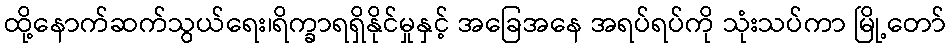
ထို့နောက်ဆက်သွယ်ရေး၊ရိက္ခာရရှိနိုင်မှုနှင့် အခြေအနေ အရပ်ရပ်ကို သုံးသပ်ကာ မြို့တော်